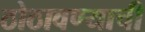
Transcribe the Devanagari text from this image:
ठोठावण्याची